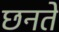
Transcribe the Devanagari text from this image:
छनते